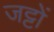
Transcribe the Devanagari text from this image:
जट्टों